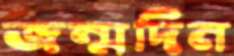
জন্মদিন